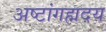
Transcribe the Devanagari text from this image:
अष्टांगह्मदय